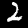
Label: 2